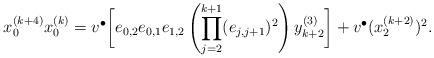
LaTeX: \begin{align*} x_{0}^{(k+4)}x_{0}^{(k)}=v^{\bullet}\bigg[ e_{0,2}e_{0,1}e_{1,2}\left(\prod_{j=2}^{k+1}(e_{j,j+1})^2\right)y_{k+2}^{(3)}\bigg]+v^{\bullet}(x_{2}^{(k+2)})^2. \end{align*}